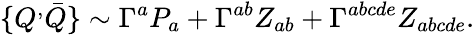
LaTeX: \{ Q^{,}\bar{Q}\} \sim\Gamma^{a}P_{a}+\Gamma^{ab}Z_{ab}+\Gamma^{abcde}Z_{abcde}.